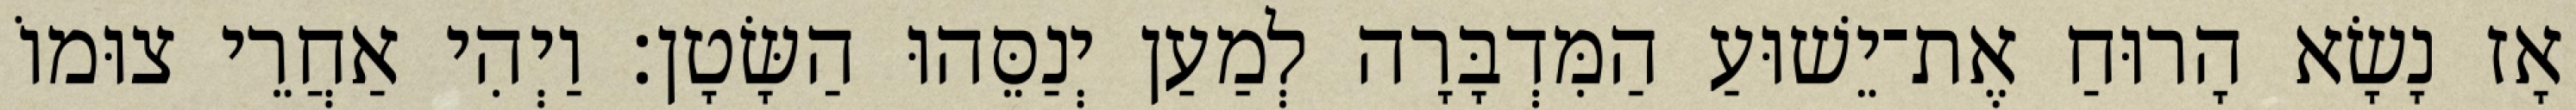
אָז נָשָׂא הָרוּחַ אֶת־יֵשׁוּעַ הַמִּדְבָּרָה לְמַעַן יְנַסֵּהוּ הַשָּׂטָן׃ וַיְהִי אַחֲרֵי צוּמוֹ